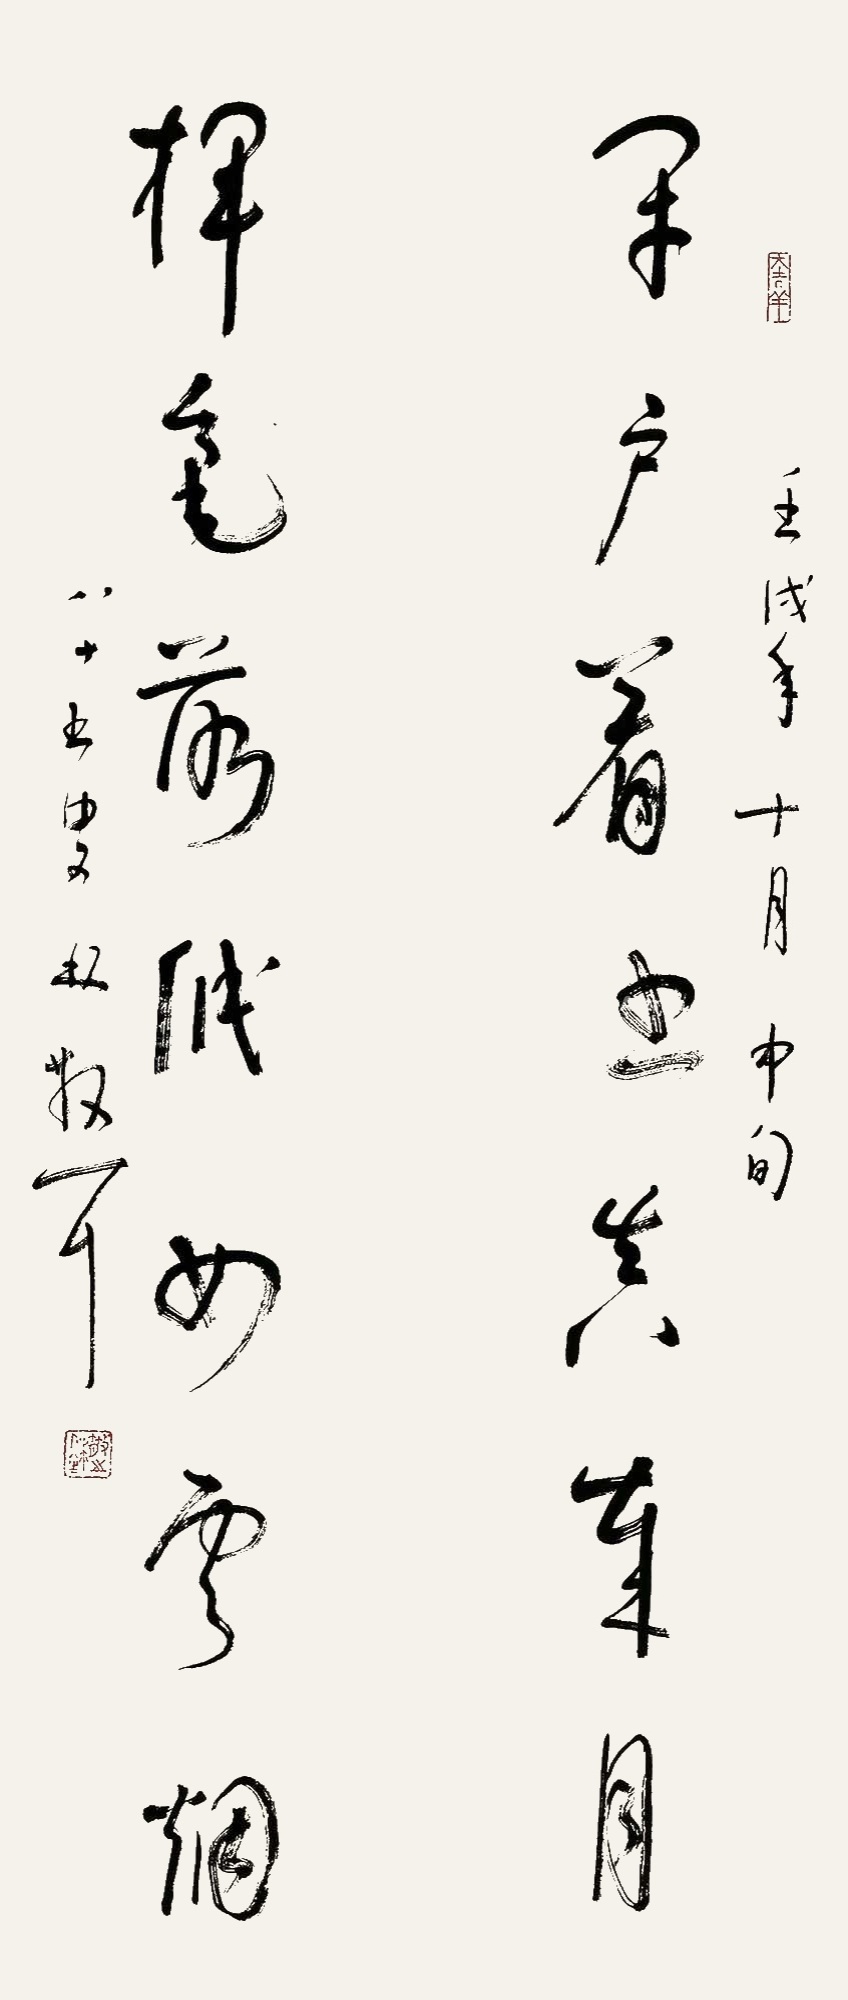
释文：闭户着书真岁月，挥毫落纸如云烟。壬戌年十月中旬，八十五叟林散耳。